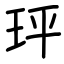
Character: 玶